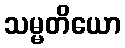
သမ္မတိယော